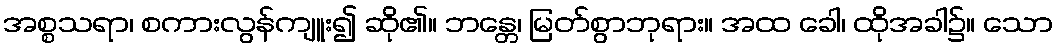
အစ္စသရာ၊ စကားလွန်ကျူး၍ ဆို၏။ ဘန္တေ၊ မြတ်စွာဘုရား။ အထ ခေါ၊ ထိုအခါ၌။ သော